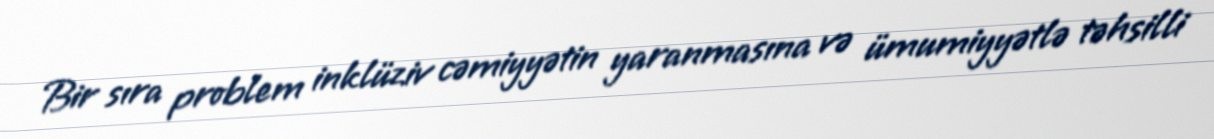
Bir sıra problem inklüziv cəmiyyətin yaranmasına və ümumiyyətlə təhsilli